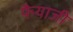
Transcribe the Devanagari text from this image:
फैयाजी